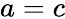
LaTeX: a=c